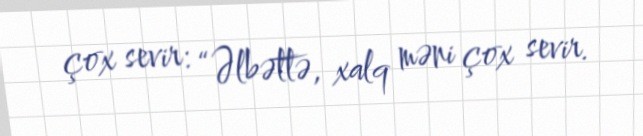
çox sevir: “Əlbəttə, xalq məni çox sevir.